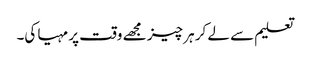
تعلیم سے لے کر ہر چیز مجھے وقت پر مہیا کی۔